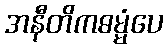
အနီတိကဓမ္မံပေ